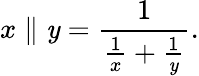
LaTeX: x\parallel\mathit{y}={\frac{{1}}{{{\frac{{1}}{{x}}}+{\frac{{1}}{{\mathit{y}}}}}}}.